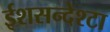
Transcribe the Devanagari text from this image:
ईशसन्देश्टा